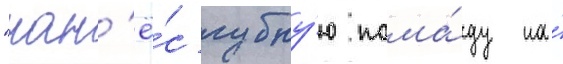
"нан'ё́с губну́ю пома́ду на́